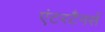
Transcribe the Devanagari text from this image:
एंटरटैनर्स